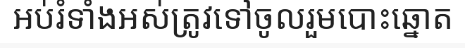
អប់រំទាំងអស់ត្រូវទៅចូលរួមបោះឆ្នោត